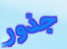
جذور